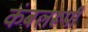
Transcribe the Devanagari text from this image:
कंबलरूपी